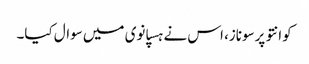
کوانتو پرسوناز، اس نے ہسپانوی میں سوال کیا۔